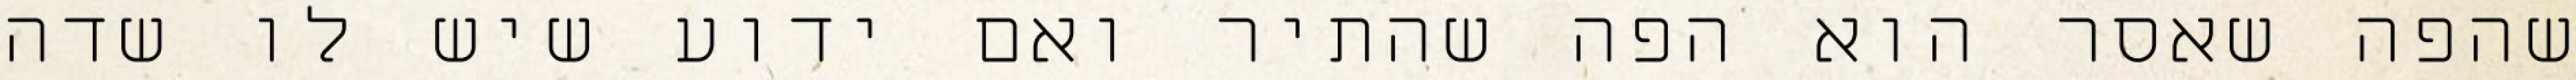
שהפה שאסר הוא הפה שהתיר ואם ידוע שיש לו שדה